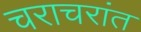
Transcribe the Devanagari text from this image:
चराचरांत